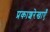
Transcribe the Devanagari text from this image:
प्रकाशरेखाएँ